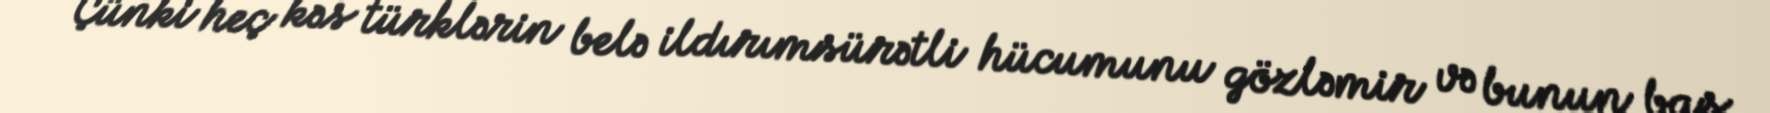
Çünki heç kəs türklərin belə ildırımsürətli hücumunu gözləmir və bunun baş